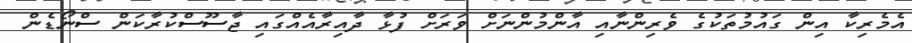
އެމެރިކާ އިން ގައުމުތަކުގެ ވެރިންނާއި އާންމުންނަށް ވަރަށް ފުޅާ ދާއިރާއެއްގައި ޖާސޫސްކުރާކަން ސްނޯޑެން